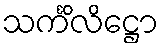
သင်္ကိလိဋ္ဌော